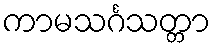
ကာမသင်္ဂသတ္တာ